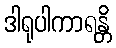
ဒါရုပါကာရန္တိ